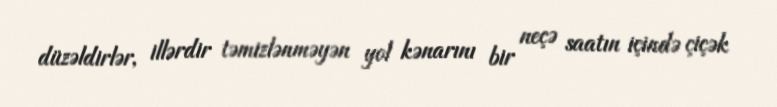
düzəldirlər, illərdir təmizlənməyən yol kənarını bir neçə saatın içində çiçək